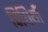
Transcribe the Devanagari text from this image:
विधियाँं